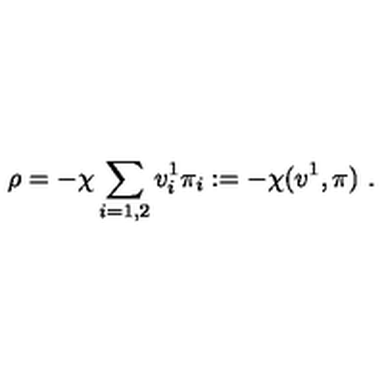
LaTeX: \rho = - \chi \sum _ { i = 1 , 2 } v _ { i } ^ { 1 } \pi _ { i } : = - \chi ( v ^ { 1 } , \pi ) \ .